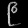
Digit: ၉